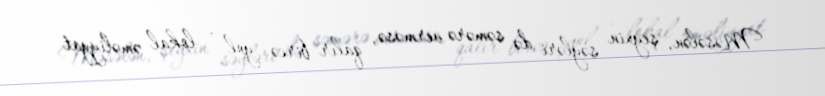
Məsələn, şeyxin səyləri də səmərə verməsə, qalır bircə yol - lokal əməliyyat